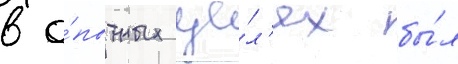
в о́пытных це́л'ях бы́л